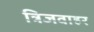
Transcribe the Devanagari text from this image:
त्रिजवाहर